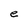
Character: e